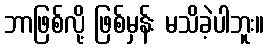
ဘာဖြစ်လို့ ဖြစ်မှန်း မသိခဲ့ပါဘူး။